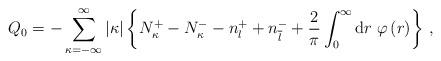
LaTeX: \begin{align*}Q_0=-\sum_{\kappa=-\infty}^\infty\vert\kappa\vert\left\{N_\kappa^+-N_\kappa^--n_l^++n_{\overline l}^-+\frac{2}{\pi}\int_0^\infty{\rm d}r\;\varphi\left(r\right)\right\}\,,\end{align*}